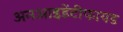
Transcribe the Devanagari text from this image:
अनआइडेंटीफायड